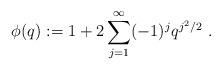
LaTeX: \begin{align*}\phi (q):=1+2\sum _{j=1}^{\infty}(-1)^jq^{j^2/2}~.\end{align*}